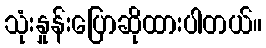
သုံးနှုန်းပြောဆိုထားပါတယ်။